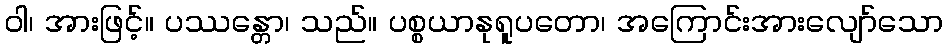
ဝါ၊ အားဖြင့်။ ပဿန္တော၊ သည်။ ပစ္စယာနုရူပတော၊ အကြောင်းအားလျော်သော